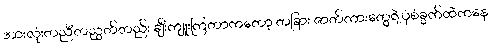
အားလုံးတညီတညွတ်တည်း ချီးကျူးကြတာကတော့ တခြား ဇာတ်ကားတွေရဲ့ပုံစံခွက်ထဲကနေ